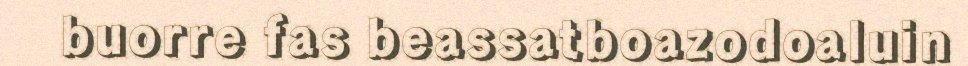
buorre fas beassatboazodoaluin